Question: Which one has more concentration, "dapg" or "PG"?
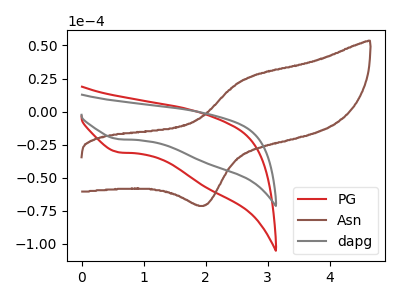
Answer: <think>The red curve "PG" has a cathodic peak at: (0.60V, -30.75uA). The brown curve "Asn" has an anodic peak at (2.60V, 24.05uA) and a cathodic peak at (2.00V, -70.90uA). The gray curve "dapg" has a cathodic peak at: (0.60V, -20.85uA).
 All the peaks in "dapg" have a peak in "PG" at the same potential. Every peak in "dapg" is lower than every peak in "PG".</think>
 <answer>"dapg" has less signal than "PG" and so likely has a lower concentration.</answer>
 <eval>less_concentration</eval>